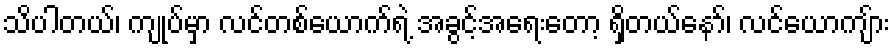
သိပါတယ်၊ ကျုပ်မှာ လင်တစ်ယောက်ရဲ့ အခွင့်အရေးတော့ ရှိတယ်နော်၊ လင်ယောကျ်ား